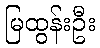
မြထွန်းဦး